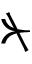
\nsucc